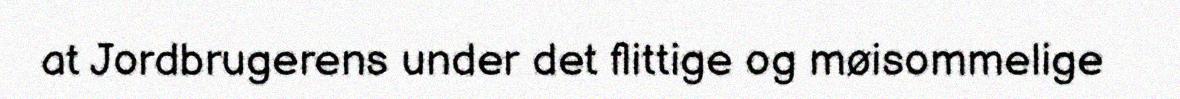
at Jordbrugerens under det flittige og møisommelige